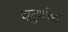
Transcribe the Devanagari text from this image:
चतुर्थस्थ